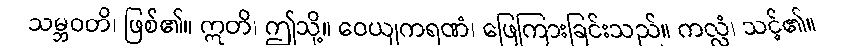
သမ္ဘဝတိ၊ ဖြစ်၏။ ဣတိ၊ ဤသို့။ ဝေယျကရဏံ၊ ဖြေကြားခြင်းသည်။ ကလ္လံ၊ သင့်၏။